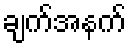
ချက်အနက်